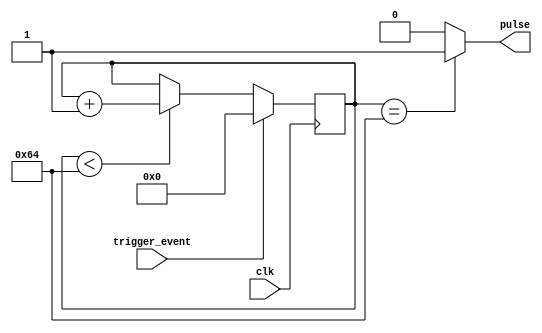
module one_shot_timer (
    input wire clk,
    input wire trigger_event,
    output reg pulse
);
    
parameter THRESHOLD = 100; // Set threshold value for pulse duration

reg [7:0] count; // 8-bit counter for counting clock cycles

always @(posedge clk) begin
    if (trigger_event) begin // Reset counter on triggering event
        count <= 0;
    end else begin
        if (count < THRESHOLD) begin // Increment counter if threshold not reached
            count <= count + 1;
        end
    end
end

assign pulse = (count == THRESHOLD) ? 1'b1 : 1'b0; // Generate pulse when count reaches threshold

endmodule